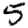
Digit: 5